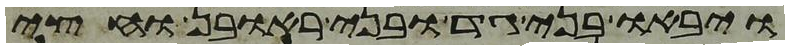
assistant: ויבאו בני גד ובני ראובן וחצי